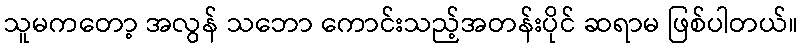
သူမကတော့ အလွန် သဘော ကောင်းသည့်အတန်းပိုင် ဆရာမ ဖြစ်ပါတယ်။